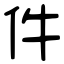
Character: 件